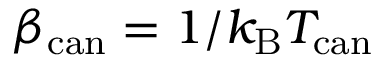
\beta _ { \mathrm { c a n } } = 1 / k _ { \mathrm { B } } T _ { \mathrm { c a n } }